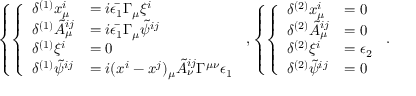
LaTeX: \left\{ \left\{ \begin{array} { l l } { { \delta ^ { ( 1 ) } x _ { \mu } ^ { i } } } & { { = i \bar { \epsilon _ { 1 } } \Gamma _ { \mu } \xi ^ { i } } } \\ { { \delta ^ { ( 1 ) } \tilde { A } _ { \mu } ^ { i j } } } & { { = i \bar { \epsilon _ { 1 } } \Gamma _ { \mu } \tilde { \psi } ^ { i j } } } \\ { { \delta ^ { ( 1 ) } \xi ^ { i } } } & { { = 0 } } \\ { { \delta ^ { ( 1 ) } \tilde { \psi } ^ { i j } } } & { { = i ( x ^ { i } - x ^ { j } ) _ { \mu } \tilde { A } _ { \nu } ^ { i j } \Gamma ^ { \mu \nu } \epsilon _ { 1 } } } \end{array} \right. \right. , \left\{ \left\{ \begin{array} { l l } { { \delta ^ { ( 2 ) } x _ { \mu } ^ { i } } } & { { = 0 } } \\ { { \delta ^ { ( 2 ) } \tilde { A } _ { \mu } ^ { i j } } } & { { = 0 } } \\ { { \delta ^ { ( 2 ) } \xi ^ { i } } } & { { = \epsilon _ { 2 } } } \\ { { \delta ^ { ( 2 ) } \tilde { \psi } ^ { i j } } } & { { = 0 } } \end{array} \right. \right. .